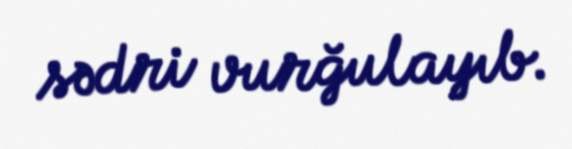
sədri vurğulayıb.